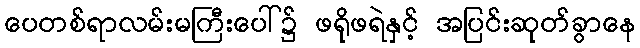
ပေတစ်ရာလမ်းမကြီးပေါ်၌ ဖရိုဖရဲနှင့် အပြင်းဆုတ်ခွာနေ